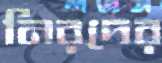
নিরদের